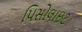
પિસોલાઇટ